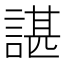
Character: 諶